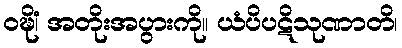
ဝဍ္ဎိံ၊ အတိုးအပွားကို။ ယံပိပဋိသုဏာတိ၊